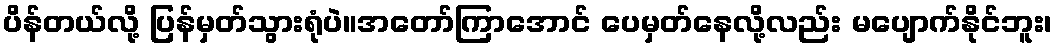
ပိန်တယ်လို့ ပြန်မှတ်သွားရုံပဲ။အတော်ကြာအောင် ပေမှတ်နေလို့လည်း မပျောက်နိုင်ဘူး၊